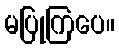
မပြုကြပေ။